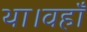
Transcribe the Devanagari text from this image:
था।वहाँ